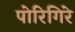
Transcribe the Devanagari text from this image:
पोरिगिरे